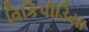
વિકિપીડિયા